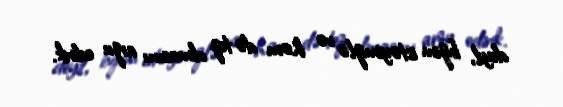
deyil, bizim istəyimizlə və həm də tez olmasını arzu edirik.